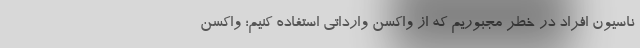
ناسیون افراد در خطر مجبوریم که از واکسن وارداتی استفاده ‌کنیم؛ واکسن